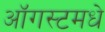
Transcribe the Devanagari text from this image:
ऑगस्टमधे